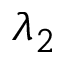
\lambda _ { 2 }